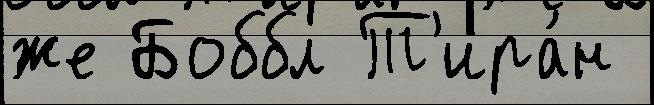
же Боббл Т'ира́н